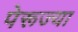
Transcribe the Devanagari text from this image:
पेरूज्या